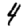
Digit: 4